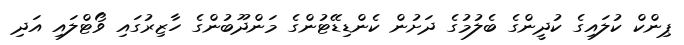
ޕިންކް ކުލައިގެ ކުދީންގެ ބެލުމުގެ ދަށުން ކެންޑިޑޭޓުންގެ މަންދޫބުންގެ ހާޒިރުގައި ވޯޓްލައި އަދި